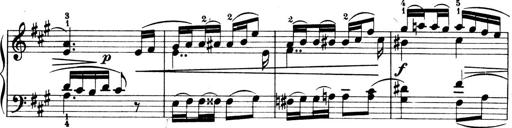
Title: 4 Sonatines
Composer: Max Reger